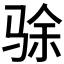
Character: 𬳿